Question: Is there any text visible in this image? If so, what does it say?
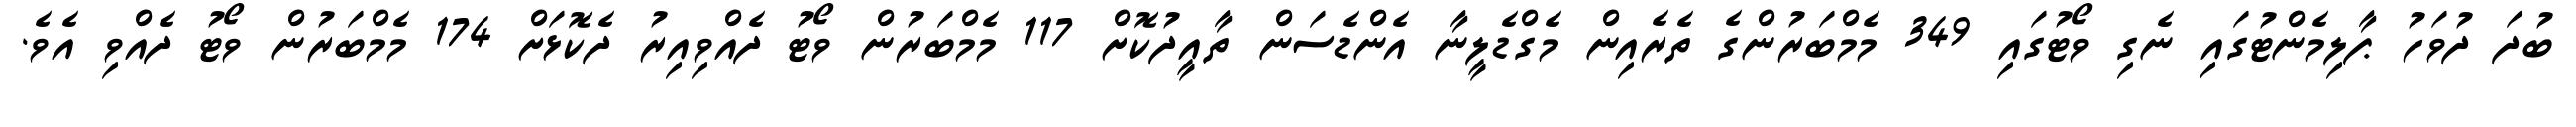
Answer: ބުދަ ދުވަހު ޕާލިމެންޓުގައި ނެގި ވޯޓުގައި 349 މެމްބަރުންގެ ތެރެއިން މެގްޑެލީނާ އެންޑެސަން ތާއީދުކޮށް 117 މެމްބަރުން ވޯޓު ދެއްވިއިރު ދެކޮޅަށް 174 މެމްބަރުން ވޯޓު ދެއްވި އެވެ.